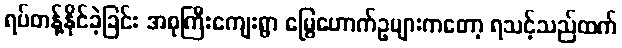
ရပ်တန့်နိုင်ခဲ့ခြင်း အစုကြီးကျေးရွာ မြွေဟောက်ဥများကတော့ ရသင့်သည်ထက်